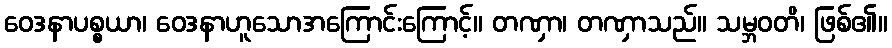
ဝေဒနာပစ္စယာ၊ ဝေဒနာဟူသောအကြောင်းကြောင့်။ တဏှာ၊ တဏှာသည်။ သမ္ဘဝတိ၊ ဖြစ်၏။